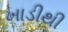
ખાડીથી